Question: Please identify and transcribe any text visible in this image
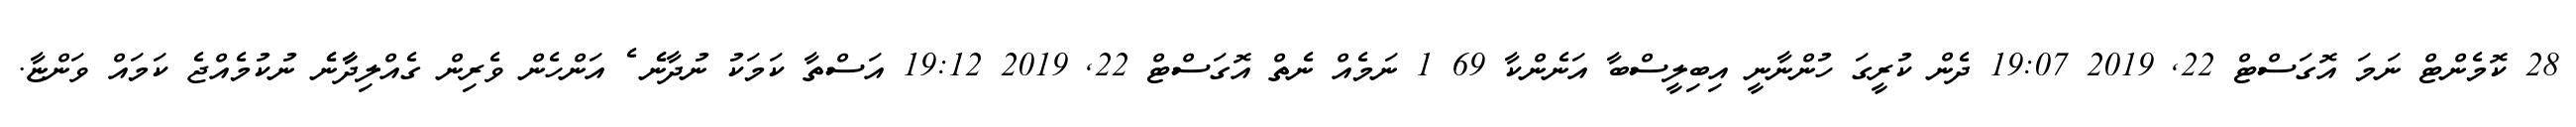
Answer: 28 ކޮމެންޓް ނަމަ އޮގަސްޓް 22, 2019 19:07 ދެން ކުރީގަ ހުންނާނީ އިބިލީސްބާ އަނެންކާ 69 1 ނަމެއް ނެތް އޮގަސްޓް 22, 2019 19:12 އަސްތާ ކަމަކު ނުދާނެެ ެ އަންހެން ވެރިން ގެއްލިދާާނެެ ނުކުމެއްޖެ ކަމައް ވަންޏާ.